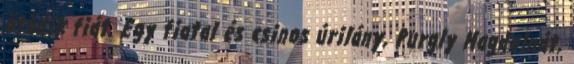
ötödik fiát. Egy fiatal és csinos úrilány, Purgly Magdolnát,